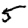
Digit: 5